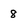
Character: 8